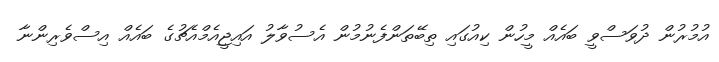
އުމުރުން ދުވަސްވީ ބައެއް މީހުން ކިއުގައި ތިބޭތަންފެނުމުން އެސުވާލު އައިޖީއެމްއެޗުގެ ބައެއް އިސްވެރިންނާ